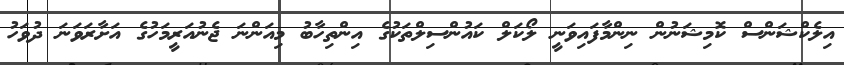
އިލެކްޝަންސް ކޮމިޝަނުން ނިންމާފައިވަނީ ލޯކަލް ކައުންސިލްތަކުގެ އިންތިހާބު މިއަންނަ ޖެނުއަރީމަހުގެ އަށާރަވަނަ ދުވަހު